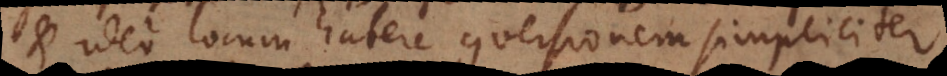
et ideo locum habere conversionem simpliciter.